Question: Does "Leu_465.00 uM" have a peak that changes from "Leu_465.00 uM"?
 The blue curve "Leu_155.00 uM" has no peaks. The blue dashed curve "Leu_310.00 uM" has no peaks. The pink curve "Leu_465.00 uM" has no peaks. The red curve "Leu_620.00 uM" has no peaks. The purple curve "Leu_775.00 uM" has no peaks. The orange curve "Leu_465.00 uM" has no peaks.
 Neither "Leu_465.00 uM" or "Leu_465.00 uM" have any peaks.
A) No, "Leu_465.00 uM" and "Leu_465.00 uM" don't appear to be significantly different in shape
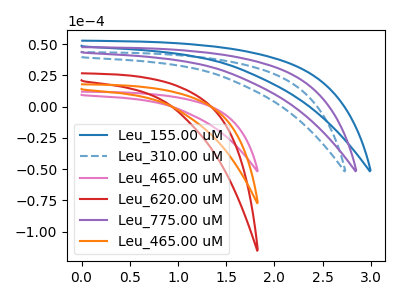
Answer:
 <answer>A) No, "Leu_465.00 uM" and "Leu_465.00 uM" don't appear to be significantly different in shape</answer>
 <eval>A</eval>